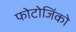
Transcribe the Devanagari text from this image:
फोटोजिंको